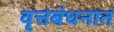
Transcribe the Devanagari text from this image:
वृत्तबंधनात